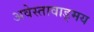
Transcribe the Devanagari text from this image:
अवेस्तावाड्मय